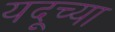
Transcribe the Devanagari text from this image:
यदूच्या